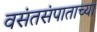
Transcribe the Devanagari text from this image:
वसंतसंपाताच्या